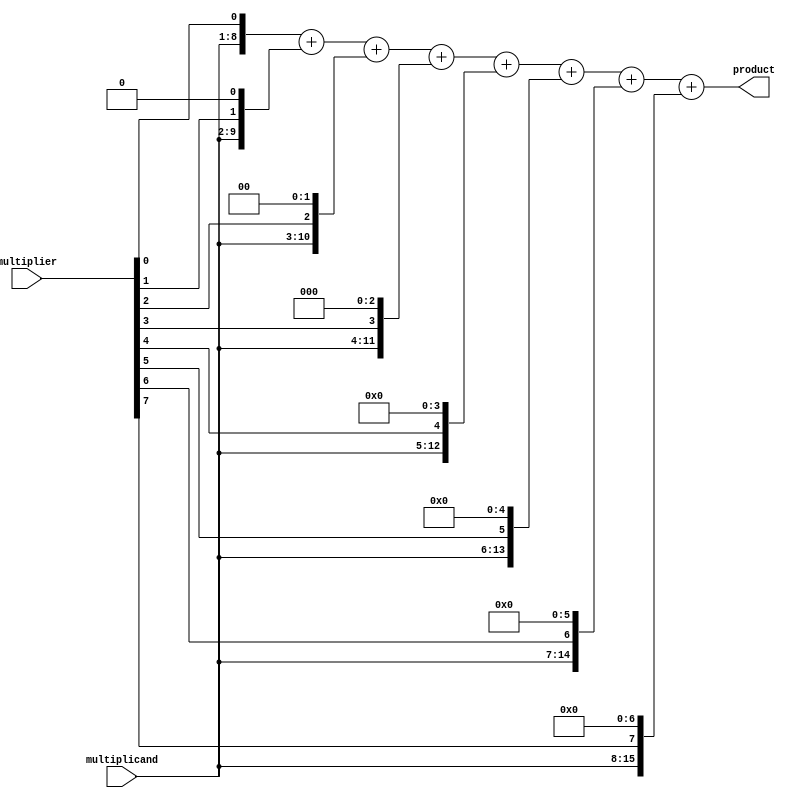
module ModifiedBoothMultiplier(
    input wire [7:0] multiplicand,
    input wire [7:0] multiplier,
    output wire [15:0] product
);

// Partial products generation block
wire [15:0] partial_products [7:0];

genvar i;
generate
    for(i = 0; i < 8; i = i + 1) begin : gen_partial_products
        assign partial_products[i] = {multiplicand, multiplier[i]} << i;
    end
endgenerate

// Wallace Tree adder block
wire [15:0] partial_sum;
assign partial_sum = partial_products[0] + partial_products[1] + partial_products[2] + partial_products[3]
                    + partial_products[4] + partial_products[5] + partial_products[6] + partial_products[7];

// Modified Booth encoding to reduce the number of partial products

// Final product calculation
assign product = partial_sum;

endmodule